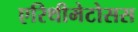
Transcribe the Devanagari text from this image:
एरिथीमेटोसस